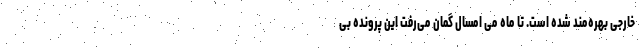
خارجی بهره‌مند شده است. تا ماه می امسال گمان می‌رفت این پرونده بی